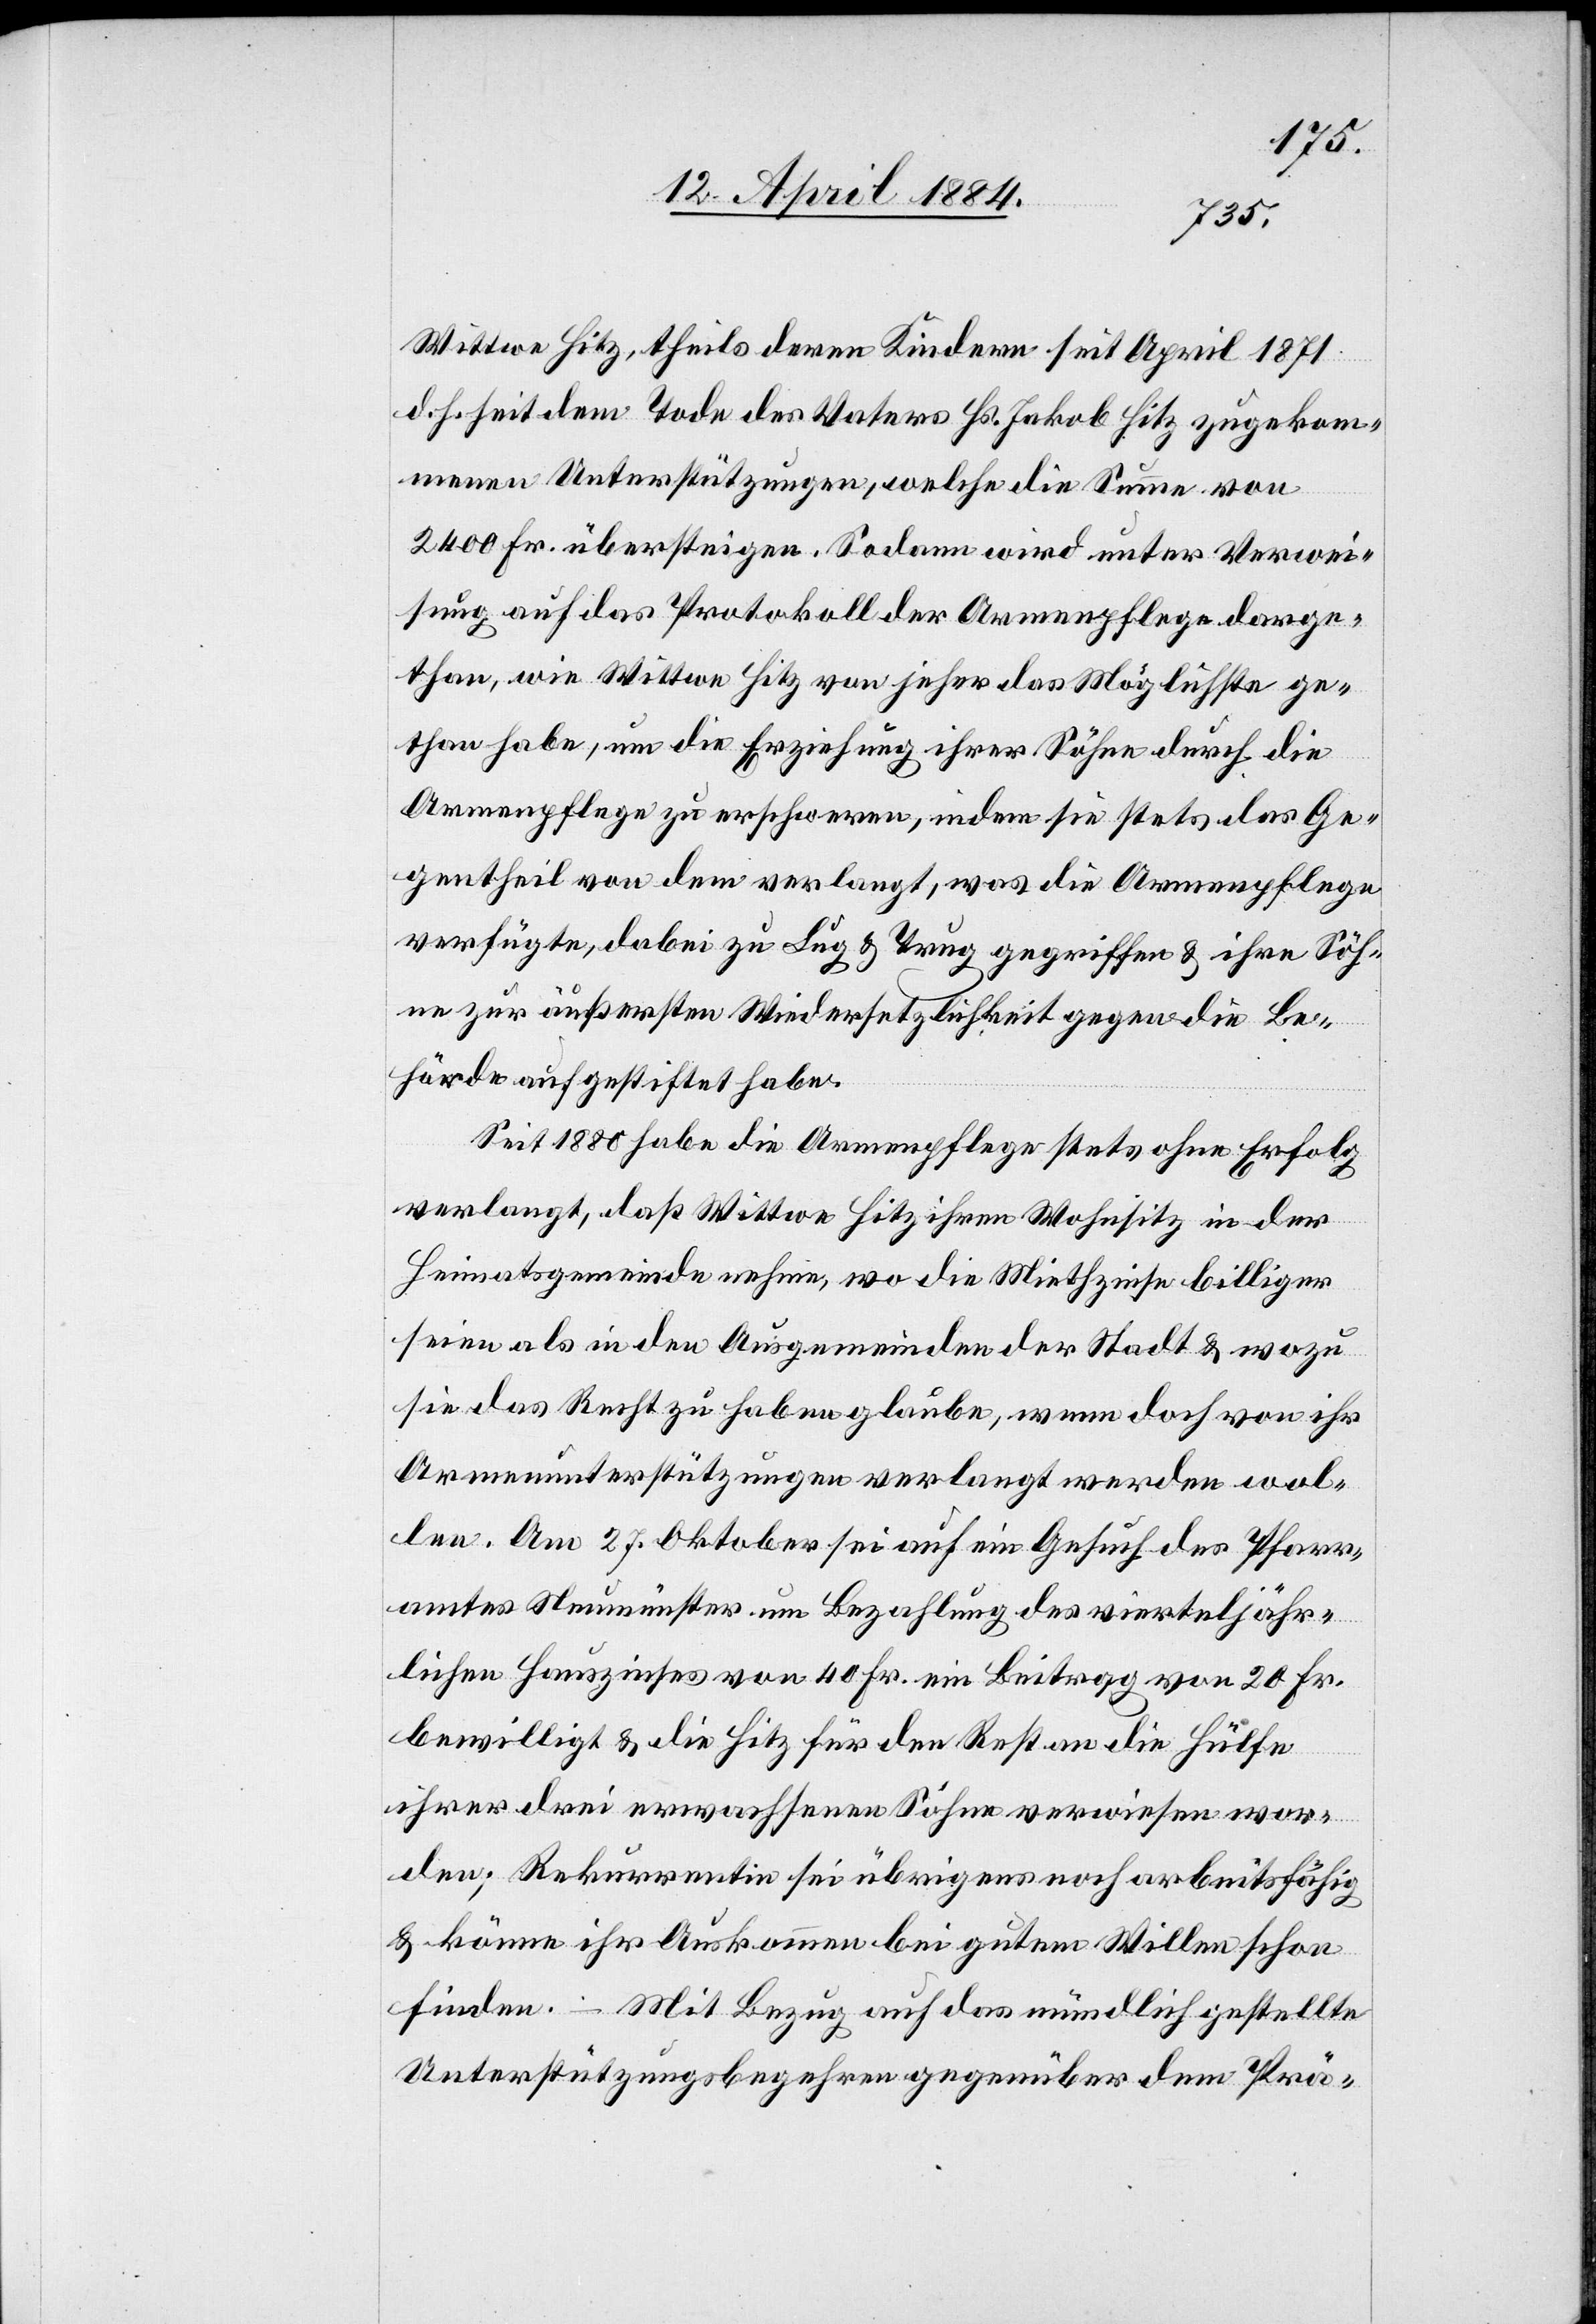
Wittwe Hitz, theils deren Kindern seit April 1871
d. h. seit dem Todes des Vaters Hs. Jakob Hitz zugekom¬
menen Unterstützung, welche die Summe von
2400 Fr. übersteige. Sodann wird unter Verwei¬
sung auf das Protokoll der Armenpflege darge¬
than, wie Wittwe Hitz von jeher das Möglichste ge¬
than habe, um die Erziehung ihrer Söhne durch die
Armenpflege zu erschweren, indem sie stets das Ge¬
gentheil von dem verlangt, was die Armenpflege
verfügte, dabei zu Lug & Trug gegriffen & ihre Söh¬
ne zur äußersten Widersetzlichkeit gegen die Be¬
hörde aufgestiftet habe.
Seit 1880 habe die Armenpflege stets ohne Erfolg
verlangt, daß Wittwe Hitz ihren Wohnsitz in der
Heimatsgemeinde nehme, wo die Miethzinse billiger
seien als in den Ausgemeinden der Stadt & wozu
sie das Recht zu haben glaube, wenn doch von ihr
Armenunterstützungen verlangt werden wol¬
len. Am 27. Oktober sei auf ein Gesuch des Pfarr¬
amtes Neumünster um Bezahlung des vierteljähr¬
lichen Hauszinses von 40 Fr. ein Beitrag von 20 Fr.
bewilligt & die Hitz für den Rest an die Hülfe
ihrer drei erwachsenen Söhne verwiesen wor¬
den; Rekurrentin sei übrigens noch arbeitsfähig
& könne ihr Auskommen bei gutem Willen schon
finden. – Mit Bezug auf das mündlich gestellte
Unterstützungsbegehren gegenüber dem Prä-